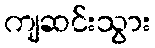
ကျဆင်းသွား